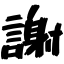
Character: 謝